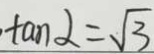
\tan \alpha = \sqrt { 3 }